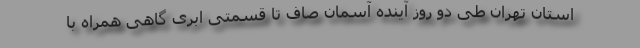
استان تهران طی دو روز آینده آسمان صاف تا قسمتی ابری گاهی همراه با